Epidemic dropsy in Calcutta - Number 49
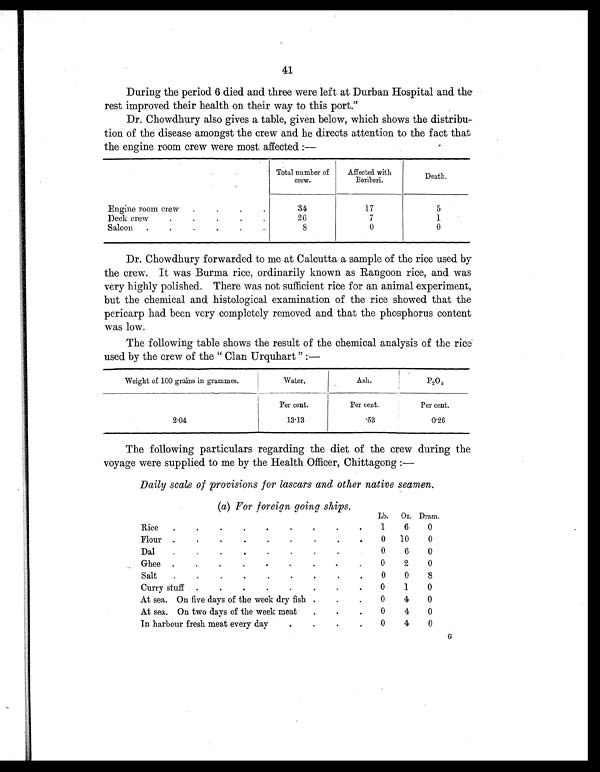
41
During the period 6 died and three were left at Durban Hospital and the
rest improved their health on their way to this port."
Dr. Chowdhury also gives a table, given below, which shows the distribu
- t i o n o f t h e d i s e a s e a m o n g s t t h e c r e w a n d h e d i r e c t s a t t e n t i o n t o t h e f a c t t h a t
the engine room crew were most affected:—
Total number of
crew.
Affected with
Beriberi.
Death.
Engine room crew
.
.
.
.
34
17
5
Deck crew
.
.
.
.
.
26
7
1
Saloon
.
.
.
.
,
,
8
0
0
Dr. Chowdhury forwarded to me at Calcutta a sample of the rice used by
the crew. It was Burma rice, ordinarily known as Rangoon rice, and was
very highly polished. There was not sufficient rice for an animal experiment,
but the chemical and histological examination of the rice showed that the
pericarp had been very completely removed and that the phosphorus content
was low.
The following table shows the result of the chemical analysis of the rice
used by the crew of the "Clan Urquhart"
Weight of 100 grains in grammes.
Water.
Ash.
P2
O
5
Per cent.
Per cent.
Per cent.
2.04
13.13
53
0.26
The following particulars regarding the diet of the crew during the
voyage were supplied to me by the Health Officer, Chittagong
:—
Daily scale of provisions for lascars and other native seamen.
(a) For foreign going ships.
Lb.
Oz. Dram
Rice
.
.
.
.
.
,
.
,
.
1
6
0
Flour .
.
.
.
.
.
.
.
.
0
10
0
Dal
.
.
.
.
.
.
.
.
0
6
0
Ghee .
.
. . . . . ,
0
2
0
Salt
.
.
.
.
.
.
.
.
.
0
0
8
Curry stuff .
.
.
.
.
.
.
.
0
1
0
At sea. On five days of the week dry fish .
.
.
0
4
0
At sea. On two days of the week meat
.
.
.
0
4
0
In harbour fresh meat every day
.
.
.
.
0
4
0